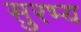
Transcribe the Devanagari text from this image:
सुरभ्य